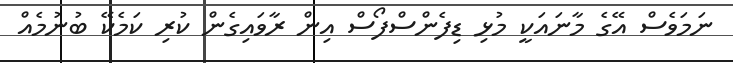
ނަމަވެސް އޭގެ މާނައަކީ މުޅި ޑިފެންސްފޯސް އިން ރާވައިގެން ކުރި ކަމެކޭ ބުނުމެއް